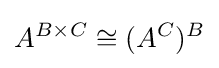
A^{B\times C}\cong (A^{C})^{B}